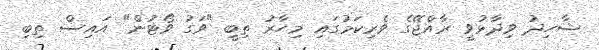
ޝާހިދު ވިދާޅުވީ ރާއްޖޭގެ ވެރިކަމުގައި މިހާރު ތިބީ "ވަގު ވޯޓުން" އައިސް ތިބި